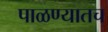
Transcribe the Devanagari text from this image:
पाळण्यातच